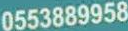
0553889958